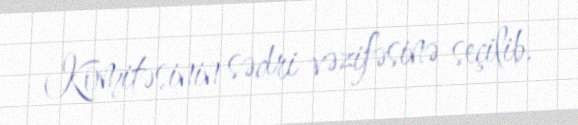
Komitəsinin sədri vəzifəsinə seçilib.